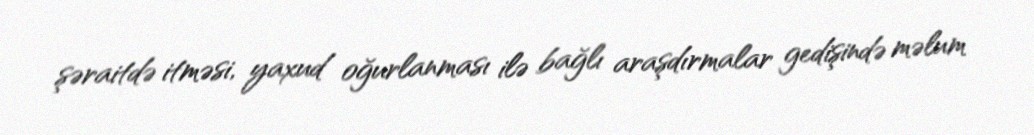
şəraitdə itməsi, yaxud oğurlanması ilə bağlı araşdırmalar gedişində məlum